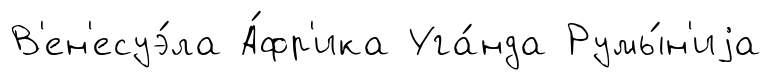
В'ен'есуэ́ла А́фр'ика Уга́нда Румы́н'иjа